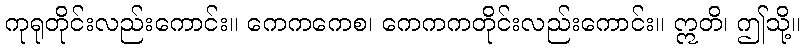
ကုရုတိုင်းလည်းကောင်း။ ကေကကေစ၊ ကေကကတိုင်းလည်းကောင်း။ ဣတိ၊ ဤသို့။